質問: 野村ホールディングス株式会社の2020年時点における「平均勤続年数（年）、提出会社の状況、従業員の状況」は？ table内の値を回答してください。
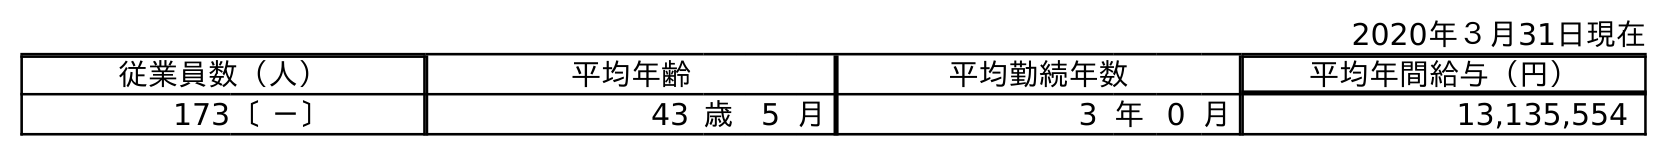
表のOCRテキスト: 2020年３月31日現在 従業員数（人） 平均年齢 平均勤続年数 平均年間給与（円） 173〔 －〕 43 歳 5 月 3 年0 月 13,135,554
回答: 3